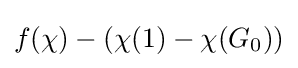
f(\chi )-(\chi (1)-\chi (G_{0}))